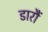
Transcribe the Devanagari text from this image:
डारौं